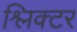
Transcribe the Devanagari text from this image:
श्लिक्टर